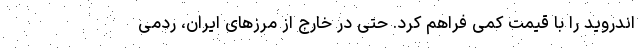
اندروید را با قیمت کمی فراهم کرد. حتی در خارج از مرزهای ایران، ردمی